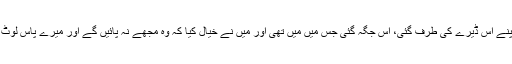
پھر مَیں اپنے اس ڈیرے کی طرف گئی، اس جگہ گئی جس میں مَیں تھی اور مَیں نے خیال کیا کہ وہ مجھے نہ پائیں گے اور میرے پاس لوٹ آئیں گے۔